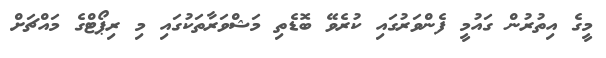
މީގެ އިތުރުން ގައުމީ ފެންވަރުގައި ކުރެވޭ ބޮޑެތި މަޝްވަރާތަކުގައި މި ރިޕޯޓްގެ މައްޗަށް